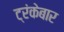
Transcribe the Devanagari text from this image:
ट्रंकेबार